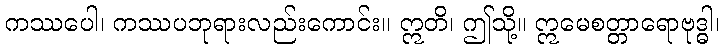
ကဿပေါ၊ ကဿပဘုရားလည်းကောင်း။ ဣတိ၊ ဤသို့။ ဣမေစတ္တာရောဗုဒ္ဓါ၊